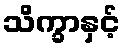
သိက္ခာနှင့်